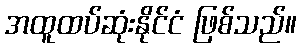
အထူထပ်ဆုံးနိုင်ငံ ဖြစ်သည်။